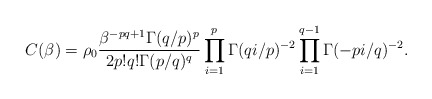
\begin{align*}C(\beta)=\rho_0 \frac{\beta^{-pq+1} \Gamma(q/p)^p}{2p!q! \Gamma(p/q)^q}\prod_{i=1}^p \Gamma(qi/p)^{-2} \prod_{i=1}^{q-1} \Gamma(-pi/q)^{-2} .\end{align*}